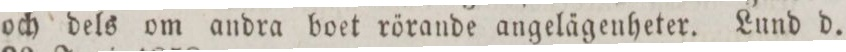
och dels om andra boet rörande angelägenheter. Lund d.